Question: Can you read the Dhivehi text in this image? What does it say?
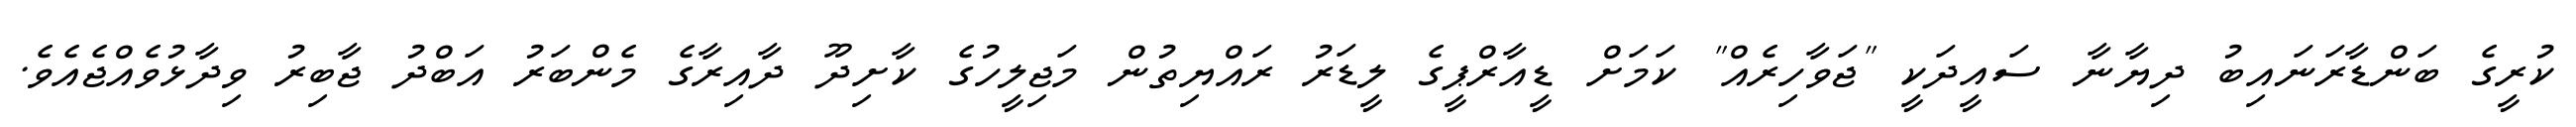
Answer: ކުރީގެ ބަންޑާރަނައިބު ދިޔާނާ ސައީދަކީ "ޖަވާހިރެއް" ކަމަށް ޑީއާރްޕީގެ ލީޑަރު ރައްޔިތުން މަޖިލީހުގެ ކާށިދޫ ދާއިރާގެ މެންބަރު އަބްދު ޖާބިރު ވިދާޅުވެއްޖެއެވެ.